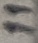
Text: 11